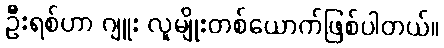
ဦးရစ်ဟာ ဂျူး လူမျိုးတစ်ယောက်ဖြစ်ပါတယ်။